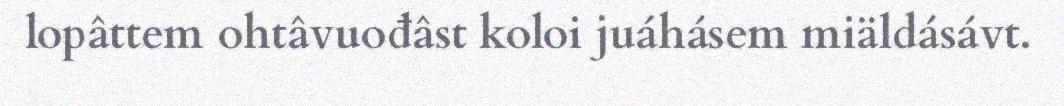
lopâttem ohtâvuođâst koloi juáhásem miäldásávt.